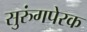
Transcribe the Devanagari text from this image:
सुरुंगपेरक